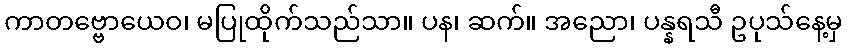
ကာတဗ္ဗောယေဝ၊ မပြုထိုက်သည်သာ။ ပန၊ ဆက်။ အညော၊ ပန္နရသီ ဥပုသ်နေ့မှ